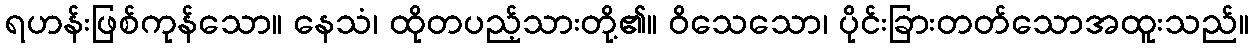
ရဟန်းဖြစ်ကုန်သော။ နေသံ၊ ထိုတပည့်သားတို့၏။ ဝိသေသော၊ ပိုင်းခြားတတ်သောအထူးသည်။